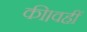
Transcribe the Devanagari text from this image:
की।वहीं